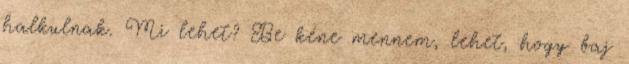
halkulnak. Mi lehet? Be kéne mennem, lehet, hogy baj